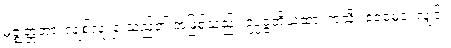
မဇ္ဈတ္တတာ၊ လျစ်လျူရှု သည်၏ အဖြစ်သည်။ ဥပ္ပဇ္ဇတိယထာ၊ ကဲ့သို့။ ဧဝမေဝ၊ လျှင်။